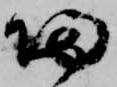
帰